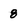
Character: 8